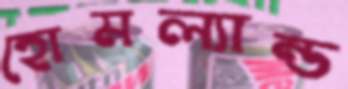
হোমল্যান্ড